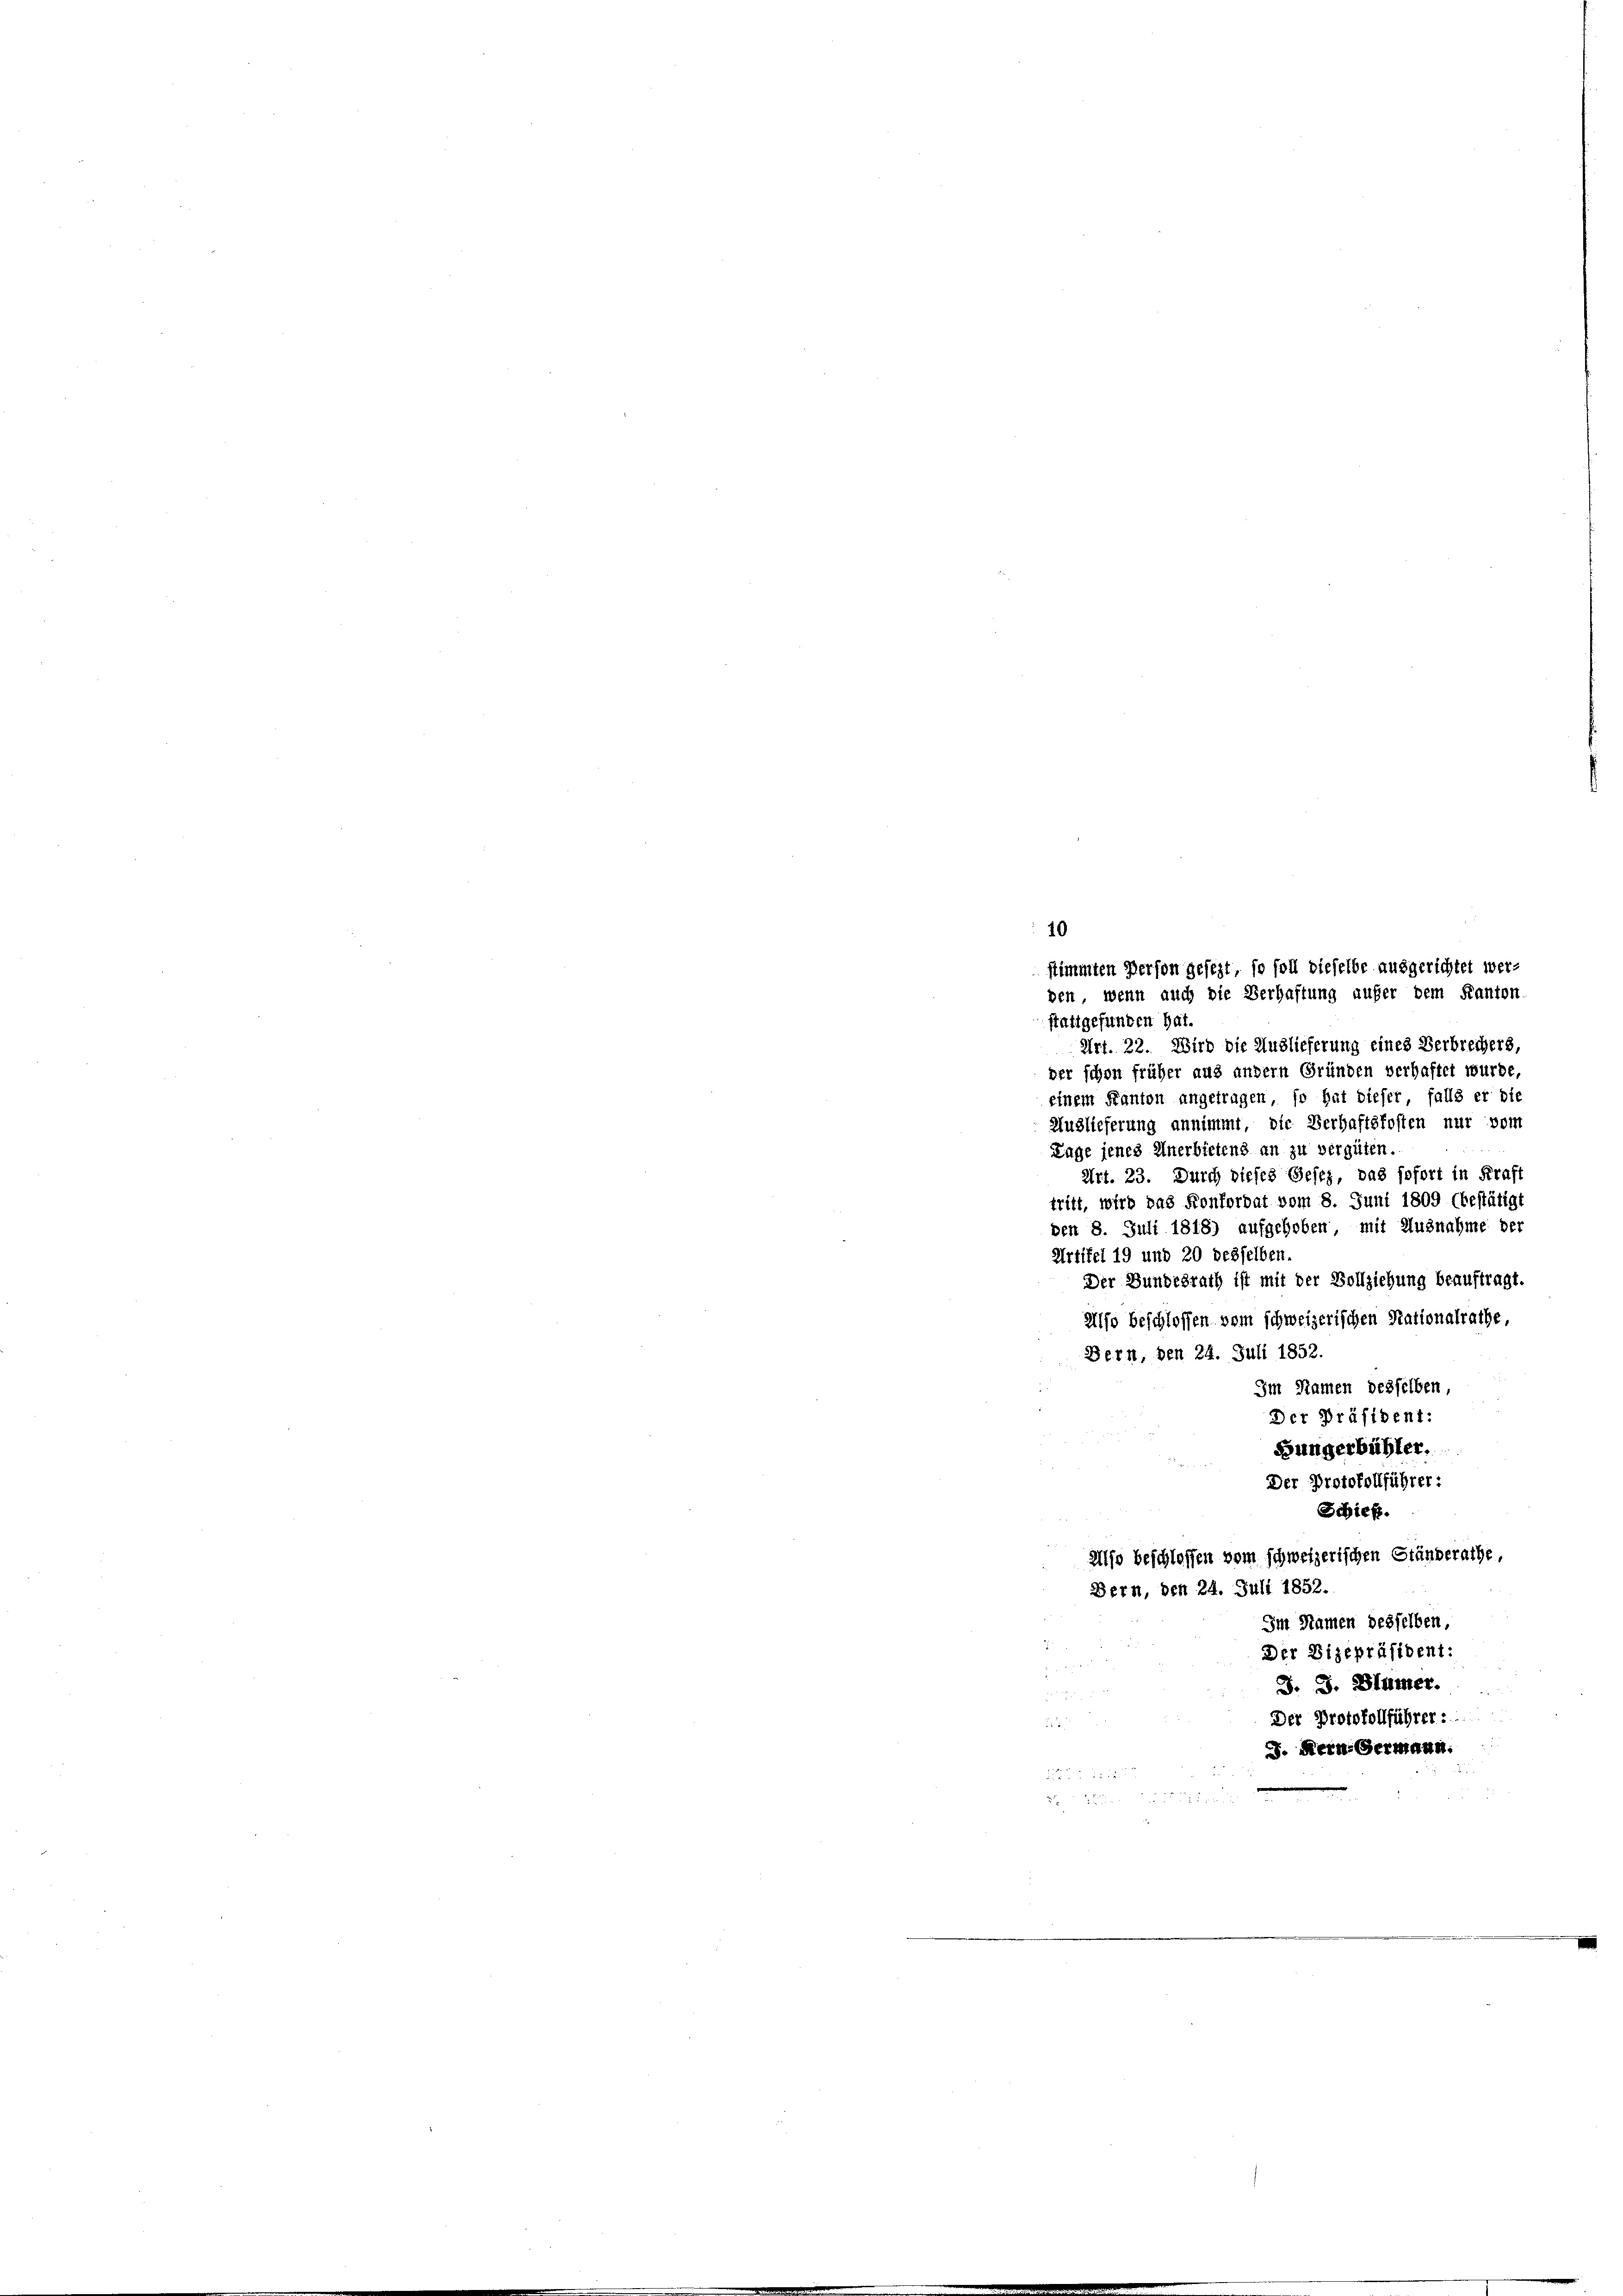
stimmten Person gesezt, so soll dieselbe ausgerichtet werden, wenn auch die Verhaftung aufer dem Kanton

10
stattgefunden hat.
Art. 22. Wird die Auslieferung eines Verbrechers,
der schon früher aus andern Gründen verhaftet wurde,
einem Kanton angetragen, so hat dieser falls er die
Auslieferung annimmt, die Verhaftsfosten nur vom
Tage jenes Anerbietens an zu vergüten.
Art. 23. Durch dieses Gesez, das sofort in Kraft
tritt, wird das Konkordat vom 8. Juni 1809 (bestätigt
ben 8. Juli 1818) aufgehoben, mit Ausnahme der
Artikel 19 und 20 desselben.
Der Bundesrath ist mit der Vollziehung beauftragt.
Also beschlossen vom schweizerischen Rationalrathe,
Bern, den 24. Juli 1852.
Im Namen desselben,
Der Präsident:
Bungerbühler.
Der Protokollführer:
Schieß.
Also beschlossen vom schweizerischen Ständerathe
Bern, den 24. Juli 1852.
Im Namen desselben,
Der Vizepräsident:
u
J. J. Blümer.
Der Protokollführer:
. Kern, Germann.
 58 x

d